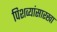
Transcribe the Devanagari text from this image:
पिशव्यांसारखा